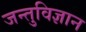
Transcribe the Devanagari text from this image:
जन्तुविज्ञान